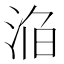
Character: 𣵥